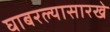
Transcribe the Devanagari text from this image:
घाबरल्यासारखे